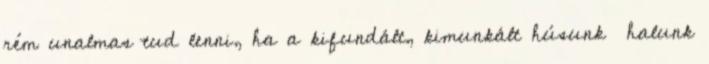
rém unalmas tud lenni, ha a kifundált, kimunkált húsunk halunk